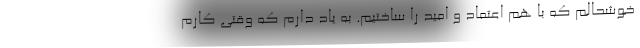
خوشحالم که با هم اعتماد و امید را ساختیم. به یاد دارم که وقتی کارم